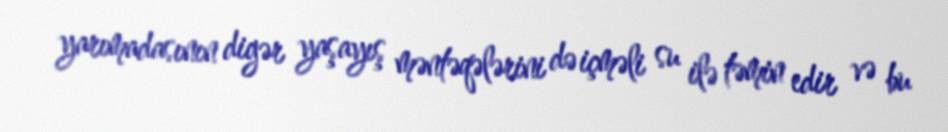
yarımadasının digər yaşayış məntəqələrini də içməli su ilə təmin edir və bu